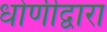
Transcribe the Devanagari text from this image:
धोणीद्वारा